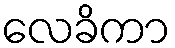
လေခိကာ